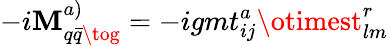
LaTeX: -i{\cal\mathbf{M}}_{q\bar{{q}}\tog}^{a)}=-igmt_{ij}^{a}\otimest_{lm}^{r}